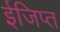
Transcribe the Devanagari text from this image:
ईजिप्‍त